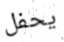
يحفل